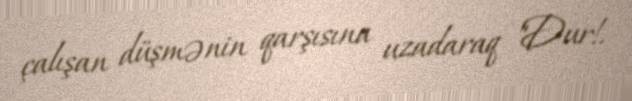
çalışan düşmənin qarşısına uzadaraq "Dur!.